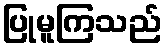
ပြုမူကြသည်